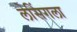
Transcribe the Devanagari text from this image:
लेसिंगला